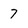
Character: 7